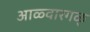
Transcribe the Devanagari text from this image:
आळ्वारगळ्